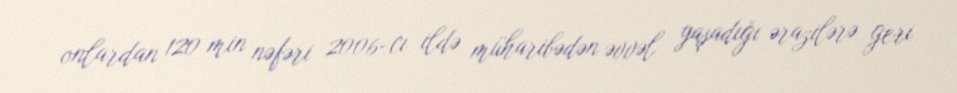
onlardan 120 min nəfəri 2006-cı ildə müharibədən əvvəl yaşadığı ərazilərə geri